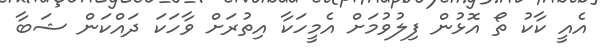
އެއީ ކާކު ތޯ އޮޅުން ފިލުވުމަށް އެމީހަކާ އިތުރަށް ވާހަކަ ދައްކަން ޝަބާ